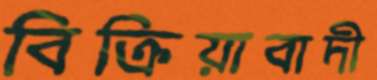
বিক্রিয়াবাদী